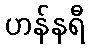
ဟန်နရီ